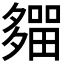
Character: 𡗈